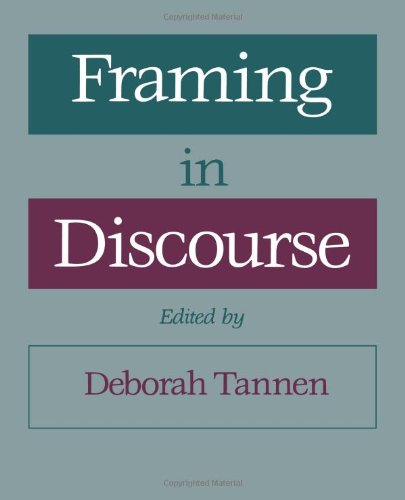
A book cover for Framing in Discourse; Crafts, Hobbies & Home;